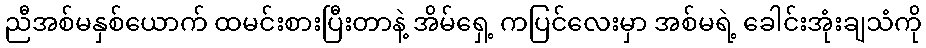
ညီအစ်မနှစ်ယောက် ထမင်းစားပြီးတာနဲ့ အိမ်ရှေ့ ကပြင်လေးမှာ အစ်မရဲ့ ခေါင်းအုံးချသံကို